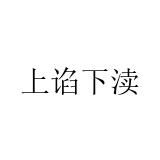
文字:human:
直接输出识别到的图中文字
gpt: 上谄下渎